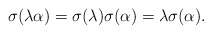
\begin{align*}\sigma(\lambda\alpha)=\sigma(\lambda)\sigma(\alpha)=\lambda\sigma(\alpha).\end{align*}